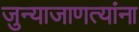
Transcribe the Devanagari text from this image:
जुन्याजाणत्यांना